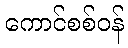
ကောင်စစ်ဝန်